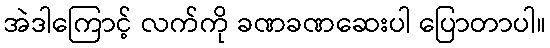
အဲဒါကြောင့် လက်ကို ခဏခဏဆေးပါ ပြောတာပါ။